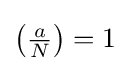
{\big (}{\tfrac {a}{N}}{\big )}=1